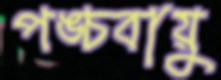
পঙ্চবায়ু